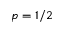
p = 1 / 2